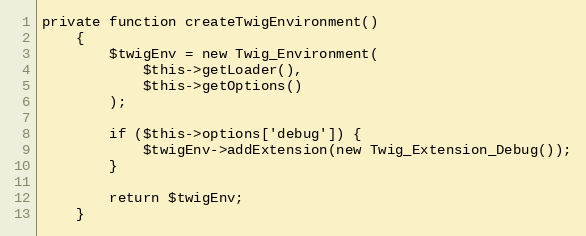
Language: PHP
private function createTwigEnvironment()
    {
        $twigEnv = new Twig_Environment(
            $this->getLoader(),
            $this->getOptions()
        );

        if ($this->options['debug']) {
            $twigEnv->addExtension(new Twig_Extension_Debug());
        }

        return $twigEnv;
    }